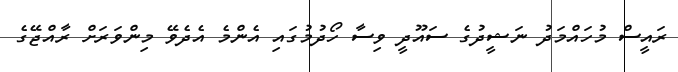
ރައީސް މުހައްމަދު ނަޝީދުގެ ސައޫދީ ވިސާ ހޯދުމުގައި އެންމެ އެދެވޭ މިންވަރަށް ރާއްޖޭގެ